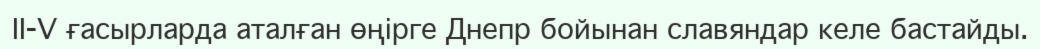
ІІ-V ғасырларда аталған өңірге Днепр бойынан славяндар келе бастайды.